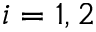
i = 1 , 2